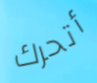
أتحرك